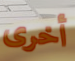
أخرى